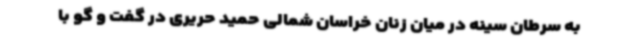
به سرطان سینه در میان زنان خراسان شمالی حمید حریری در گفت و گو با